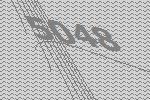
5048